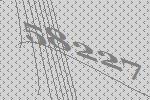
58227